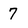
Character: 7